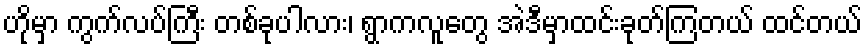
ဟိုမှာ ကွက်လပ်ကြီး တစ်ခုပါလား၊ ရွာကလူတွေ အဲဒီမှာထင်းခုတ်ကြတယ် ထင်တယ်